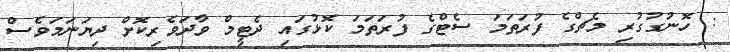
: ހޮނުގުގުރި މެޗްގެ ފުރަތަމަ ސެޓްގެ ފުރަތަމަ ކޮޅުގައި ދެޓީމް ވާދަވެރިކޮށް ދިޔަނަމަވެސް